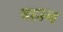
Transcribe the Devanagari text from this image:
बहान